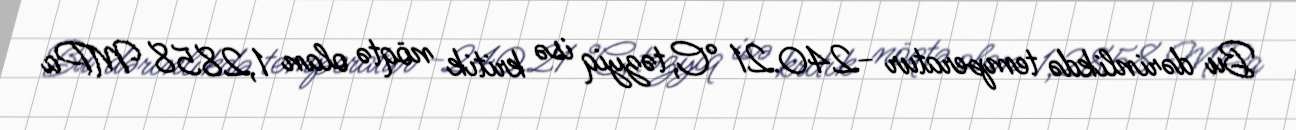
Bu dərinlikdə temperatur −240.21 °C, təzyiq isə kritik nöqtə olan 1,2858 MPa